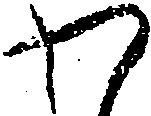
わ